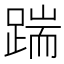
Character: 踹